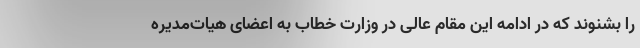
را بشنوند که در ادامه این مقام عالی در وزارت خطاب به اعضای هیات‌مدیره